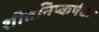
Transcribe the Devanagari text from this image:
शीतनिष्कर्षक